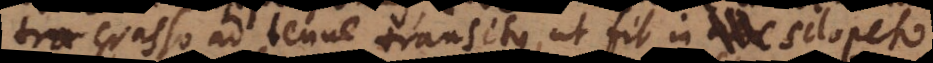
tra crasso ad tenue transitus, ut fit in sclopeto